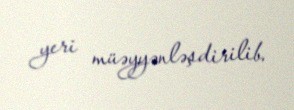
yeri müəyyənləşdirilib.